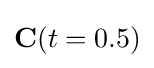
\mathbf {C} (t=0.5)